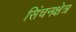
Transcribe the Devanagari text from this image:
सिंचनक्षेत्र